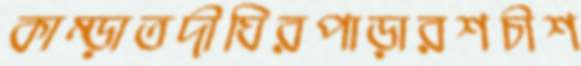
কাম্‌ড়াতদীঘিরপাড়ারশচীশ